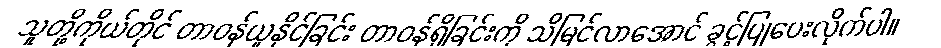
သူတို့ကိုယ်တိုင် တာဝန်ယူနိုင်ခြင်း တာဝန်ရှိခြင်းကို သိမြင်လာအောင် ခွင့်ပြုပေးလိုက်ပါ။